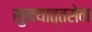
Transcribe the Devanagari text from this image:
सुनयात्तसेन